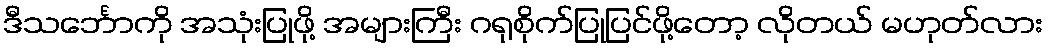
ဒီသင်္ဘောကို အသုံးပြုဖို့ အများကြီး ဂရုစိုက်ပြုပြင်ဖို့တော့ လိုတယ် မဟုတ်လား